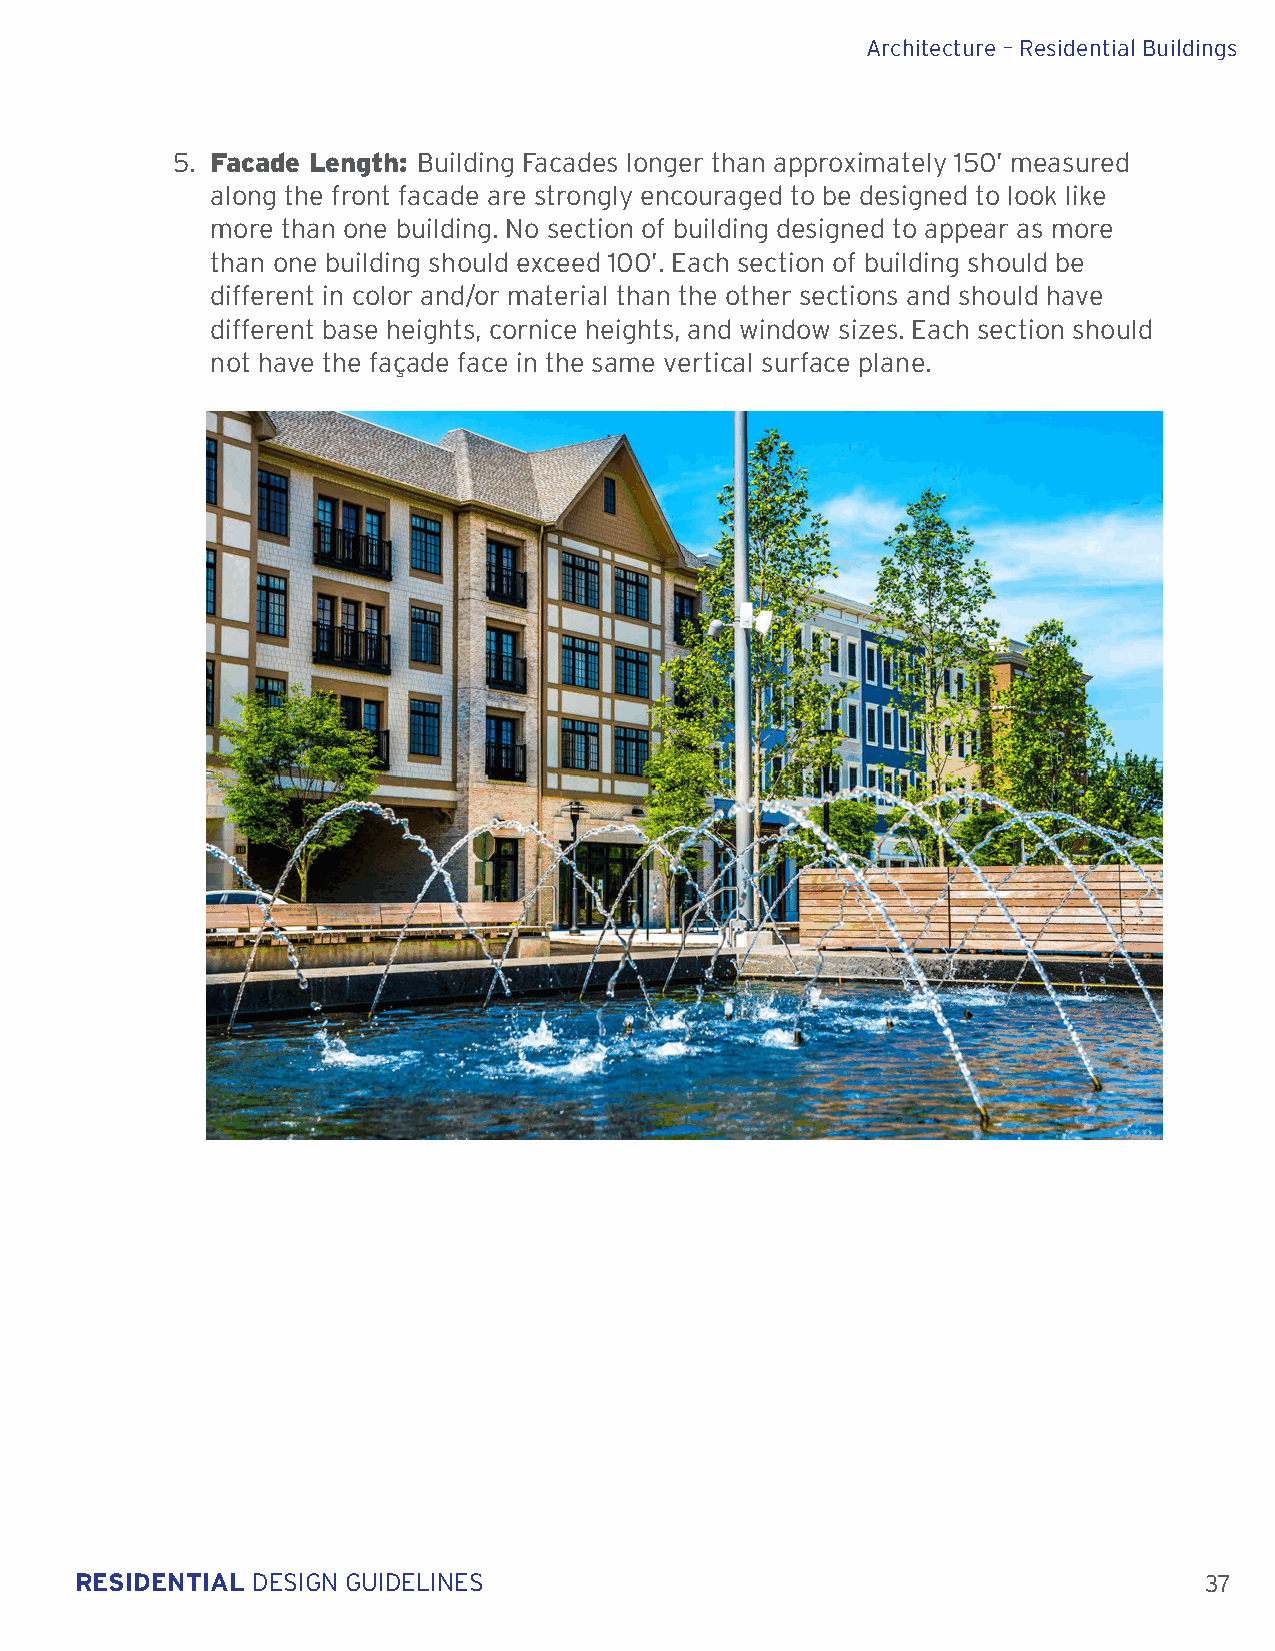
Architecture – Residential Buildings
 5. Facade Length: Building Facades longer than approximately 150’ measured
 along the front facade are strongly encouraged to be designed to look like
 more than one building. No section of building designed to appear as more
 than one building should exceed 100’. Each section of building should be
 different in color and/or material than the other sections and should have
 different base heights, cornice heights, and window sizes. Each section should
 not have the façade face in the same vertical surface plane.
 RESIDENTIAL DESIGN GUIDELINES                                              37